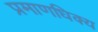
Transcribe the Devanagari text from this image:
प्रमाणधिक्य